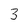
Character: 3